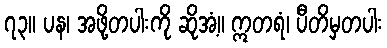
၇၃။ ပန၊ အဖို့တပါးကို ဆိုအံ့။ ဣတရံ၊ ပီတိမှတပါး